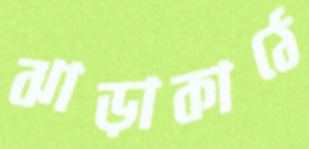
ঝাড়াকাঠে